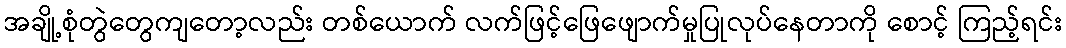
အချို့စုံတွဲတွေကျတော့လည်း တစ်ယောက် လက်ဖြင့်ဖြေဖျောက်မှုပြုလုပ်နေတာကို စောင့် ကြည့်ရင်း